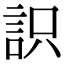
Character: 䛊